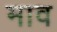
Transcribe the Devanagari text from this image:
माव